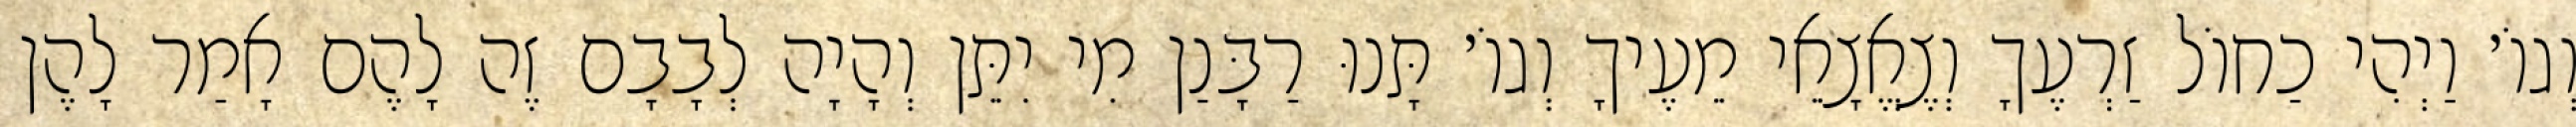
וְגוֹ׳ וַיְהִי כַחוֹל זַרְעֶךָ וְצֶאֱצָאֵי מֵעֶיךָ וְגוֹ׳ תָּנוּ רַבָּנַן מִי יִתֵּן וְהָיָה לְבָבָם זֶה לָהֶם אָמַר לָהֶן